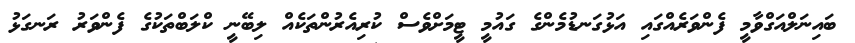
ބައިނަލްއަގްވާމީ ފެންވަރެއްގައި އަޅުގަނޑުމެންގެ ގައުމީ ޓީމަށްވެސް ކުރިއެރުންތަކެއް ލިބޭނީ ކްލަބްތަކުގެ ފެންވަރު ރަނގަޅު